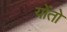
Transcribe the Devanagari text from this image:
योंतो